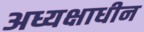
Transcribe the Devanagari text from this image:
अध्यक्षाधीन